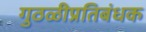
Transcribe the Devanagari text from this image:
गुठळीप्रतिबंधक